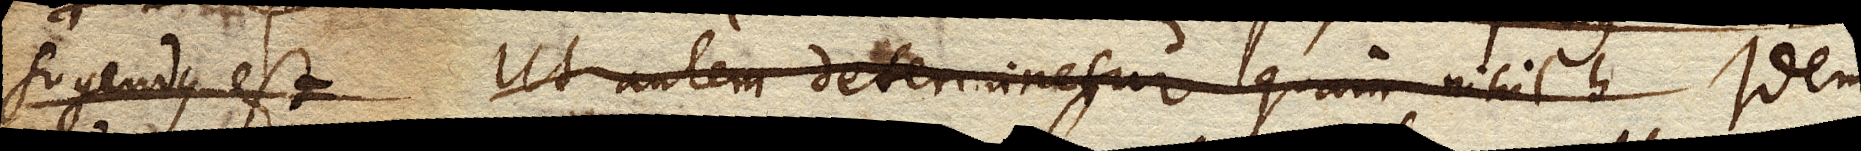
sugendus est. Ut autem determinetur quam nihil h Idem